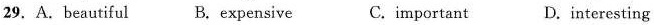
29. A.beautiful B.expensive C.important D.interesting